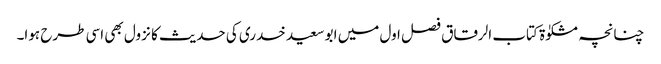
چنانچہ مشکوٰۃ کتاب الرقاق فصل اول میں ابو سعید خدری کی حدیث کا نزول بھی اسی طرح ہوا۔